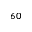
_ { 6 0 }